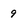
Character: 9